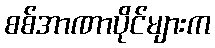
စစ်အာဏာပိုင်များက